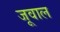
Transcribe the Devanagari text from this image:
जूवाल